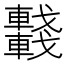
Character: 𨏖